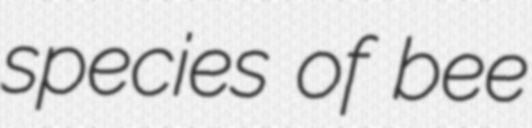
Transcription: species of bee